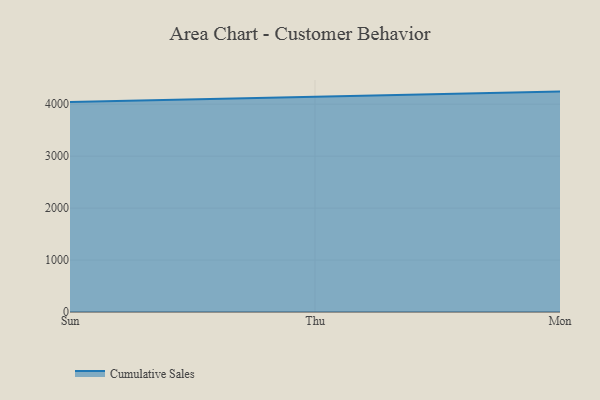
{"axis": {"x": "Day", "y": "Net Income (USD K)"}, "legend": ["Cumulative Sales"], "data": [{"x": "Sun", "y": 4040.5, "type": "Cumulative Sales"}, {"x": "Thu", "y": 4139.5, "type": "Cumulative Sales"}, {"x": "Mon", "y": 4242.8, "type": "Cumulative Sales"}]}